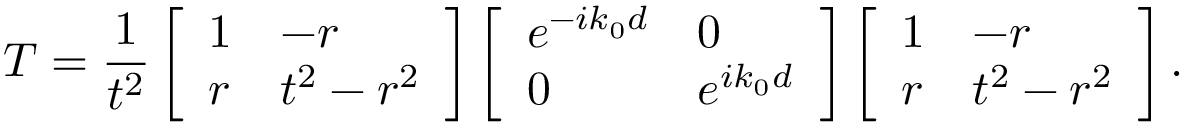
T = \frac { 1 } { t ^ { 2 } } \left[ \begin{array} { l l } { 1 } & { - r } \\ { r } & { t ^ { 2 } - r ^ { 2 } } \end{array} \right] \left[ \begin{array} { l l } { e ^ { - i k _ { 0 } d } } & { 0 } \\ { 0 } & { e ^ { i k _ { 0 } d } } \end{array} \right] \left[ \begin{array} { l l } { 1 } & { - r } \\ { r } & { t ^ { 2 } - r ^ { 2 } } \end{array} \right] .